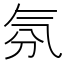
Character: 氛